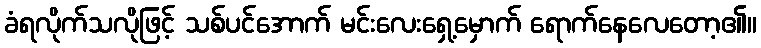
ခံရလိုက်သလိုဖြင့် သစ်ပင်အောက် မင်းလေးရှေ့မှောက် ရောက်နေလေတော့၏။